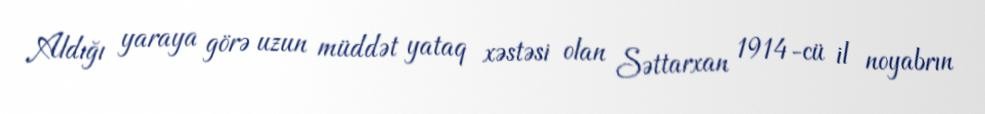
Aldığı yaraya görə uzun müddət yataq xəstəsi olan Səttarxan 1914-cü il noyabrın